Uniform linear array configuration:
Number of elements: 32
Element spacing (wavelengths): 1
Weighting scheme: hann
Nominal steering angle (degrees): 60
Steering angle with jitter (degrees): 59.442
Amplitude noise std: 0.05
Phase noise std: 0.05

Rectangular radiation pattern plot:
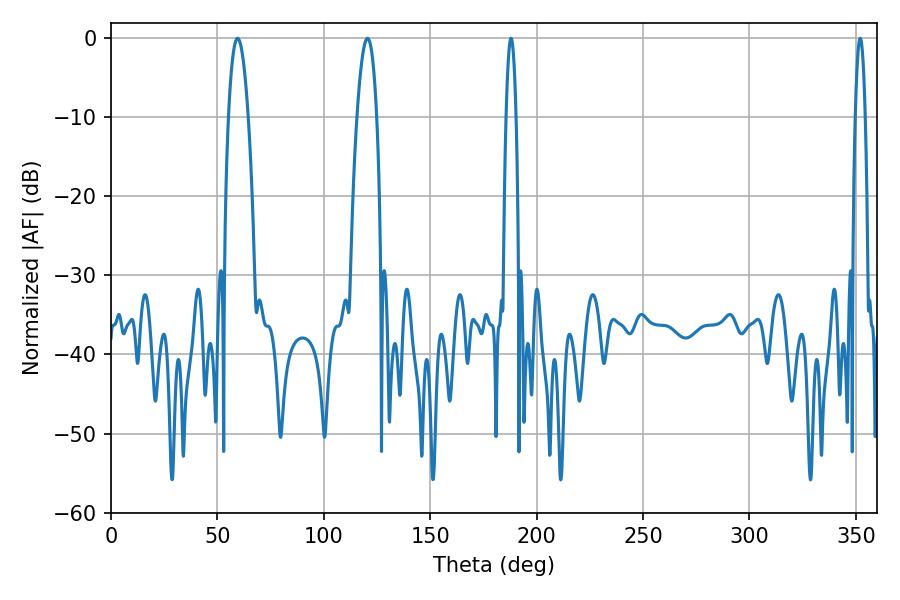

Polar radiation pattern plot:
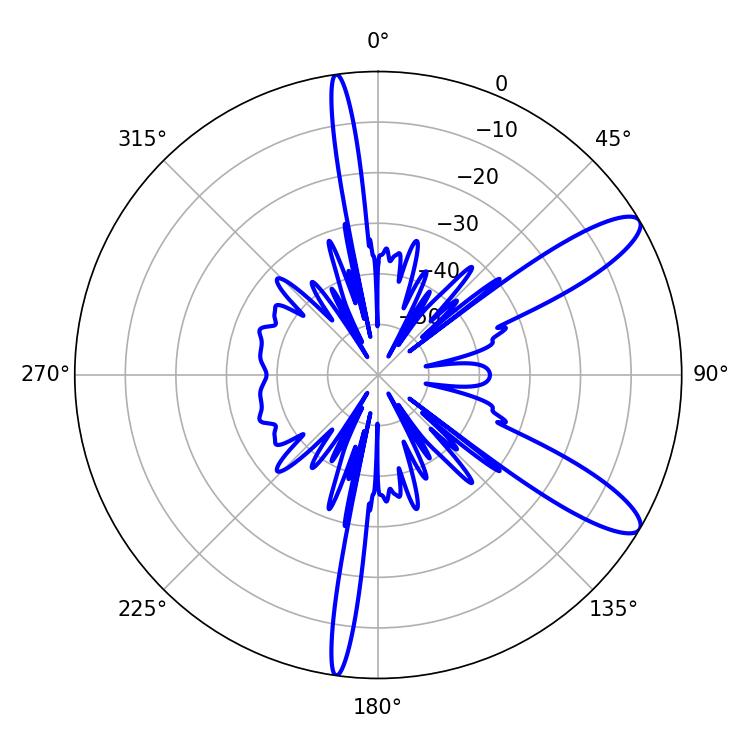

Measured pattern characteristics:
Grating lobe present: TRUE
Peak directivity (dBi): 11.168
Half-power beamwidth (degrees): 5.04
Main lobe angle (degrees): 59.4